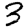
Digit: 3